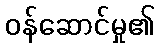
ဝန်ဆောင်မှု၏